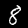
Digit: 8